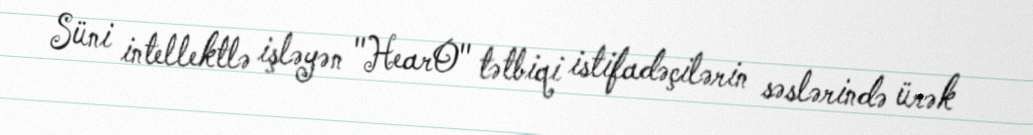
Süni intellektlə işləyən "HearO" tətbiqi istifadəçilərin səslərində ürək